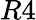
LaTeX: R4